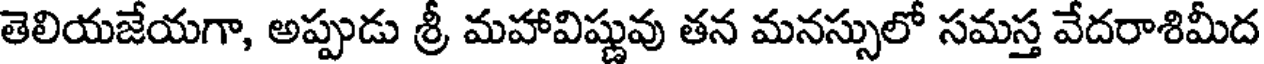
తెలియజేయగా, అప్పుడు శ్రీ మహావిష్ణువు తన మనస్సులో సమస్త వేదరాశిమీద